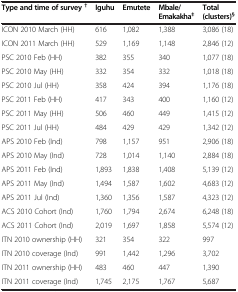
<table><thead><tr><td><b>Type and time of survey<sup>†</sup></b></td><td><b>Iguhu</b></td><td><b>Emutete</b></td><td><b>Mbale/ Emakakha<sup>‡</sup></b></td><td><b>Total (clusters)<sup>§</sup></b></td></tr></thead><tbody><tr><td>ICON 2010 March (HH)</td><td>616</td><td>1,082</td><td>1,388</td><td>3,086 (18)</td></tr><tr><td>ICON 2011 March (HH)</td><td>529</td><td>1,169</td><td>1,148</td><td>2,846 (12)</td></tr><tr><td>PSC 2010 Feb (HH)</td><td>382</td><td>355</td><td>340</td><td>1,077 (18)</td></tr><tr><td>PSC 2010 May (HH)</td><td>332</td><td>354</td><td>332</td><td>1,018 (18)</td></tr><tr><td>PSC 2010 Jul (HH)</td><td>358</td><td>424</td><td>394</td><td>1,176 (18)</td></tr><tr><td>PSC 2011 Feb (HH)</td><td>417</td><td>343</td><td>400</td><td>1,160 (12)</td></tr><tr><td>PSC 2011 May (HH)</td><td>506</td><td>460</td><td>449</td><td>1,415 (12)</td></tr><tr><td>PSC 2011 Jul (HH)</td><td>484</td><td>429</td><td>429</td><td>1,342 (12)</td></tr><tr><td>APS 2010 Feb (Ind)</td><td>798</td><td>1,157</td><td>951</td><td>2,906 (18)</td></tr><tr><td>APS 2010 May (Ind)</td><td>728</td><td>1,014</td><td>1,140</td><td>2,884 (18)</td></tr><tr><td>APS 2011 Feb (Ind)</td><td>1,893</td><td>1,838</td><td>1,408</td><td>5,139 (12)</td></tr><tr><td>APS 2011 May (Ind)</td><td>1,494</td><td>1,587</td><td>1,602</td><td>4,683 (12)</td></tr><tr><td>APS 2011 Jul (Ind)</td><td>1,360</td><td>1,356</td><td>1,587</td><td>4,323 (12)</td></tr><tr><td>ACS 2010 Cohort (Ind)</td><td>1,760</td><td>1,794</td><td>2,674</td><td>6,248 (18)</td></tr><tr><td>ACS 2011 Cohort (Ind)</td><td>2,019</td><td>1,697</td><td>1,858</td><td>5,574 (12)</td></tr><tr><td>ITN 2010 ownership (HH)</td><td>321</td><td>354</td><td>322</td><td>997</td></tr><tr><td>ITN 2010 coverage (Ind)</td><td>991</td><td>1,442</td><td>1,296</td><td>3,702</td></tr><tr><td>ITN 2011 ownership (HH)</td><td>483</td><td>460</td><td>447</td><td>1,390</td></tr><tr><td>ITN 2011 coverage (Ind)</td><td>1,745</td><td>2,175</td><td>1,767</td><td>5,687</td></tr></tbody></table>